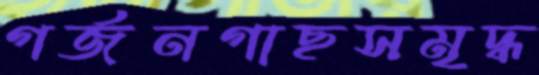
গর্জনগাছসমৃদ্ধ